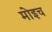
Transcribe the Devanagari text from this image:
मोइच